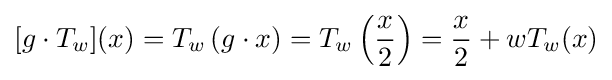
[g\cdot T_{w}](x)=T_{w}\left(g\cdot x\right)=T_{w}\left({\frac {x}{2}}\right)={\frac {x}{2}}+wT_{w}(x)